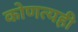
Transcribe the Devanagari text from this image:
कोणत्यही